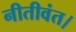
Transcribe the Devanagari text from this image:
नीतीवंत।